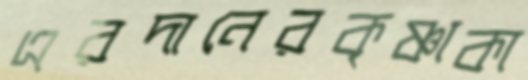
এরদানেরকৃষ্ণাকা